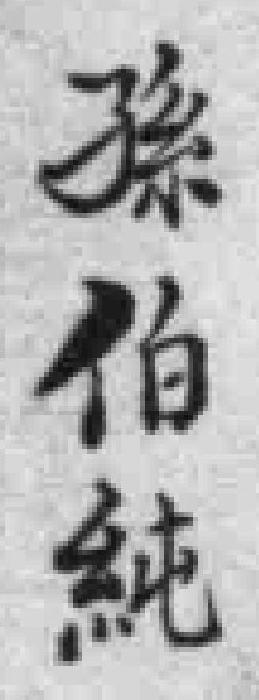
孫伯純